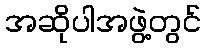
အဆိုပါအဖွဲ့တွင်